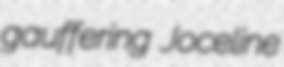
gauffering Joceline